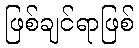
ဖြစ်ချင်ရာဖြစ်